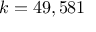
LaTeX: \textstyle k = 4 9 , 5 8 1